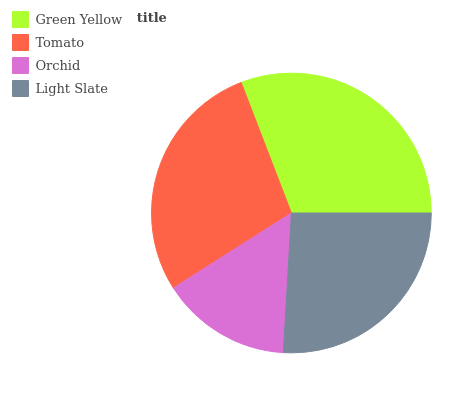
| Green Yellow | Tomato | Orchid | Light Slate |
 | --- | --- | --- | --- |
 | 30.9% | 28.2% | 15.1% | 25.9% |